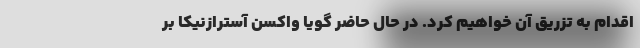
اقدام به تزریق آن خواهیم کرد. در حال حاضر گویا واکسن آسترازنیکا بر